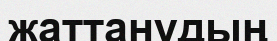
жаттанудың